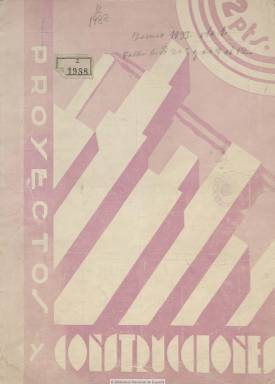
Título: Proyectos y construcciones
Colección: Arquitectura y construcción
Ámbito geográfico: Madrid
Lugar de publicación: Madrid
Fechas: 01/06/1933-30/09/1933

Revista de arquitectura, edificación, decoración, obras públicas e industrias similares, que publica su primer número en junio de 1933. Con periodicidad quincenal, está dirigida por Luis S. Arjonilla, siendo su administrador Rafael Camacho, y su gerente, Félix Ramírez. Las entregas son en torno a la veintena de páginas, aunque la primera lo es de 47. Como especie de monitor profesional, tiene secciones de proyectos, concursos públicos, licencias, concesiones, adjudicaciones, subastas judiciales o disposiciones oficiales. Además da cuenta de los nuevos edificios militares en Madrid, proyecto premiado del arquitecto José Azpiroz (1895-1967) y el ingeniero José Sastre; el resultado del concurso para la construcción del monumento a Pablo Iglesias y las nuevas construcciones escolares madrileñas, de los arquitectos Bernardo Giner de los Ríos (1888-1970) y Antonio Flórez Urdapilleta (1877-1941), todo ello acompañado de fotografías, planos, croquis y maquetas. Inserta también abundante publicidad comercial del ramo de la construcción y de profesionales y empresas auxiliares. Las cubiertas de algunos números la ocupan fotografías de lo que denomina la España monumental. La colección de la Biblioteca Nacional de España es incompleta. El número 8 es el último, que corresponde a la segunda quincena del mismo año de su aparición.